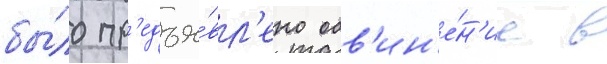
бы́ло пр'едъя́вл'ено обв'ин'е́н'ие в